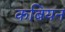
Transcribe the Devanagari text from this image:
कबियन